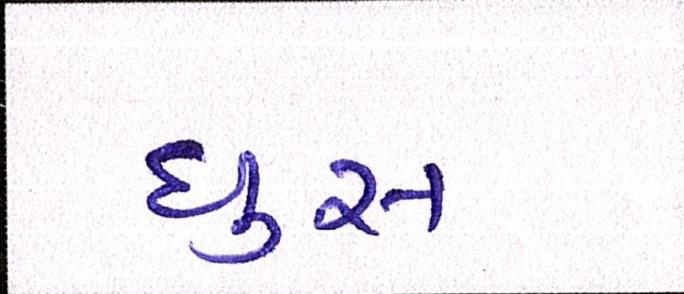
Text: ઘુસ